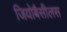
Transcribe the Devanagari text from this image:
जियोबैसीलस